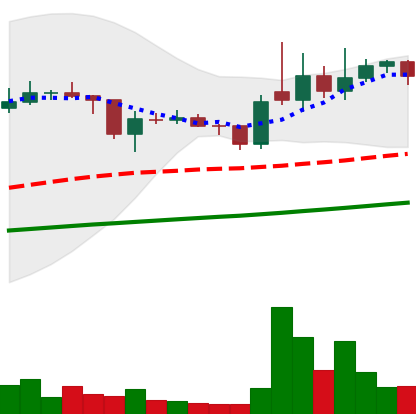
Ticker: XLM-USD
Chart end date: 2021-02-04
Forward return: 21.987%
Label: up_7plus